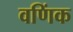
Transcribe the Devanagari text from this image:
वणिंक